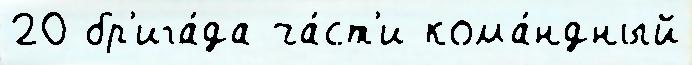
20 бр'ига́да ча́ст'и кома́ндный